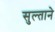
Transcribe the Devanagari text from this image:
सुल्ताने